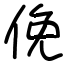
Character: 俛